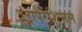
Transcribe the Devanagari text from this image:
इंट्रापैरेंशिमल